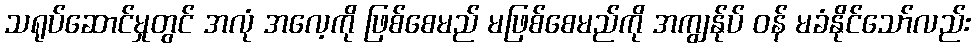
သရုပ်ဆောင်မှုတွင် အလုံ အလေ့ကို ဖြစ်စေမည် မဖြစ်စေမည်ကို အကျွန်ုပ် ဝန် မခံနိုင်သော်လည်း